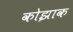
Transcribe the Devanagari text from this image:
कोझाक